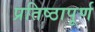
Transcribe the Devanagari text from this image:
प्रतिष्‍ठापूर्ण